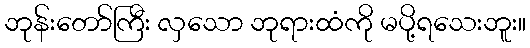
ဘုန်းတော်ကြီး လှသော ဘုရားထံကို မပို့ရသေးဘူး။